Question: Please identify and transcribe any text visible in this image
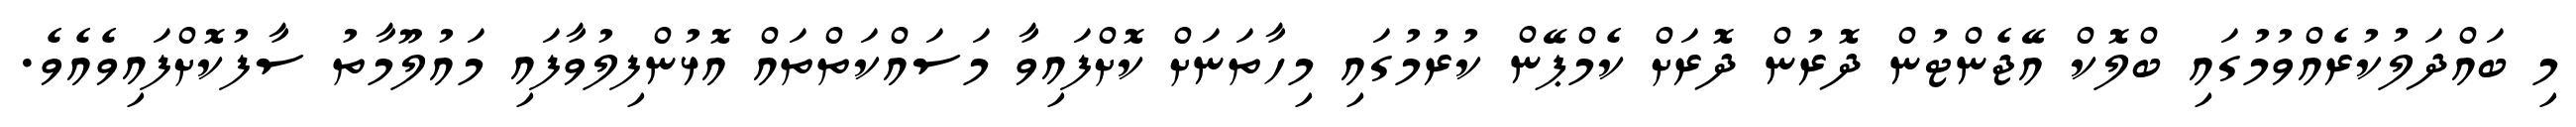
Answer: މި ބައްދަލުކުރެއްވުމުގައި ބްލޮކް އޭޖެންޓުން ދޮރުން ދޮރަށް ކެމްޕޭން ކުރުމުގައި މިހާތަނަށް ކޮށްފައިވާ މަސައްކަތްތައް އޮޅުންފިލުވާފައި މައުލޫމާތު ސާފުކޮށްފައިވެއެވެ.